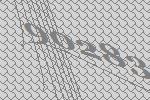
90283